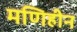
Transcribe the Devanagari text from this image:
मणिहीन